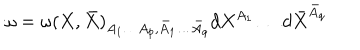
\omega = \omega ( X , \bar { X } ) _ { A _ { 1 } \ldots A _ { p } , \bar { A } _ { 1 } \ldots \bar { A } _ { q } } d X ^ { A _ { 1 } } \ldots d \bar { X } ^ { \bar { A } _ { q } }